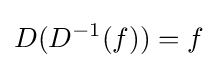
D(D^{-1}(f))=f